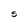
Character: S